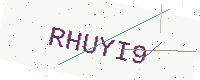
Text: RHUYI9